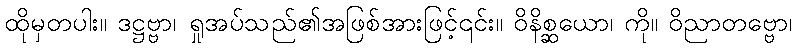
ထိုမှတပါး။ ဒဋ္ဌဗ္ဗာ၊ ရှုအပ်သည်၏အဖြစ်အားဖြင့်၎င်း။ ဝိနိစ္ဆယော၊ ကို။ ဝိညာတဗ္ဗော၊